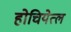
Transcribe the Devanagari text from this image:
होचियेत्ल